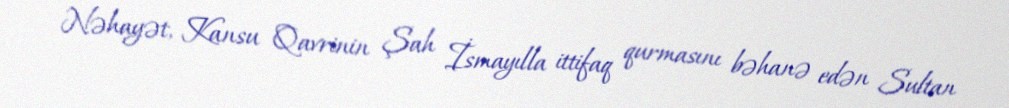
Nəhayət, Kansu Qavrinin Şah İsmayılla ittifaq qurmasını bəhanə edən Sultan